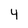
Character: 4